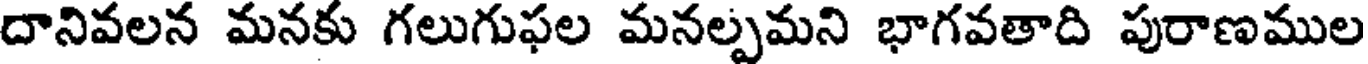
దానివలన మనకు గలుగుఫల మనల్పమని భాగవతాది పురాణముల